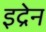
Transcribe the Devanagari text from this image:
इद्रेन